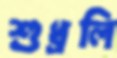
শুধ্‌রলি